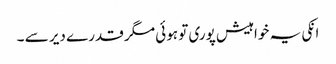
انکی یہ خواہیش پوری تو ہوئی مگر قدرے دیر سے ۔